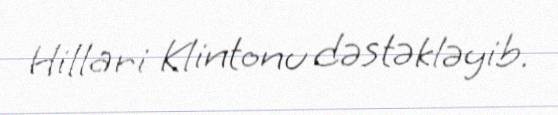
Hillari Klintonu dəstəkləyib.